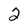
Character: 2